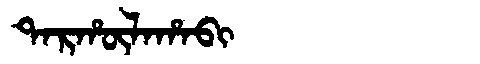
Manchu: ᡨᠠᡵᡥᡡᠯᠠᡥᠠᠪᡳ
Romanization: TARHŪLAHABI